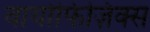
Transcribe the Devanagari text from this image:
वायोफिज़िक्स